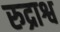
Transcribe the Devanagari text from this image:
रुद्राश्व